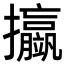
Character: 𢺆